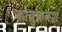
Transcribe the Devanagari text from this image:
कौतुकवश